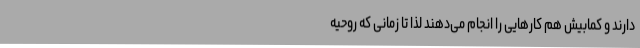
دارند و کمابیش هم کارهایی را انجام می‌دهند لذا تا زمانی که روحیه